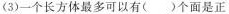
(3)一个长方体最多可以有( )个面是正